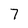
Character: 7